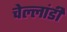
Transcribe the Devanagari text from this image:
चेल्लांडी